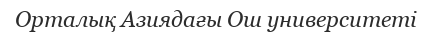
Орталық Азиядағы Ош университеті